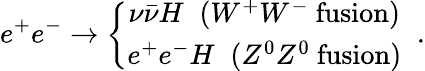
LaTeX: e^{+}e^{-}\to\left\{ \begin{array}{c}{{\nu\bar{\nu}H\; \; (W^{+}W^{-}\mathrm{~fusion})}}\\ {{e^{+}e^{-}H\; \; (Z^{0}Z^{0}\mathrm{~fusion})}}\end{array}\right.\; \; .